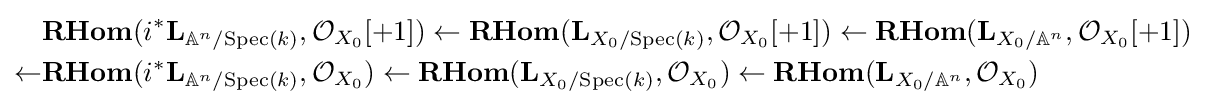
{\begin{aligned}&{\textbf {RHom}}(i^{*}\mathbf {L} _{\mathbb {A} ^{n}/{\text{Spec}}(k)},{\mathcal {O}}_{X_{0}}[+1])\leftarrow {\textbf {RHom}}(\mathbf {L} _{X_{0}/{\text{Spec}}(k)},{\mathcal {O}}_{X_{0}}[+1])\leftarrow {\textbf {RHom}}(\mathbf {L} _{X_{0}/\mathbb {A} ^{n}},{\mathcal {O}}_{X_{0}}[+1])\\\leftarrow &{\textbf {RHom}}(i^{*}\mathbf {L} _{\mathbb {A} ^{n}/{\text{Spec}}(k)},{\mathcal {O}}_{X_{0}})\leftarrow {\textbf {RHom}}(\mathbf {L} _{X_{0}/{\text{Spec}}(k)},{\mathcal {O}}_{X_{0}})\leftarrow {\textbf {RHom}}(\mathbf {L} _{X_{0}/\mathbb {A} ^{n}},{\mathcal {O}}_{X_{0}})\end{aligned}}